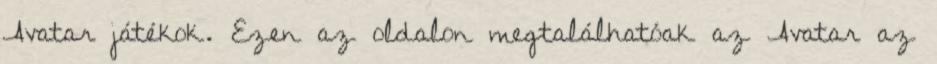
Avatar játékok. Ezen az oldalon megtalálhatóak az Avatar az